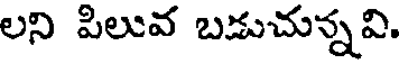
లని పిలువ బడుచున్నవి.